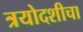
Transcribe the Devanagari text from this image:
त्रयोदशीचा